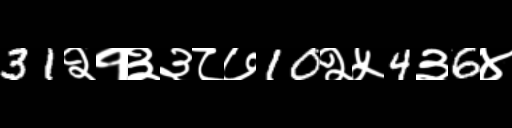
Text: 31२१३३८७10२५4३6४